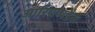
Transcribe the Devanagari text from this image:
आरियप्पडैक